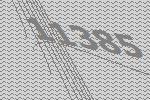
11385